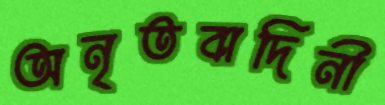
অনৃতবাদিনী